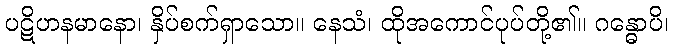
ပဋိဟနမာနော၊ နှိပ်စက်ရှာသော။ နေသံ၊ ထိုအကောင်ပုပ်တို့၏။ ဂန္ဓောပိ၊